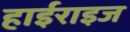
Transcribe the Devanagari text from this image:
हाईराइज